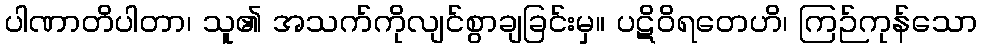
ပါဏာတိပါတာ၊ သူ၏ အသက်ကိုလျင်စွာချခြင်းမှ။ ပဋိဝိရတေဟိ၊ ကြဉ်ကုန်သော